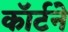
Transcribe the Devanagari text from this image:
कॉर्टने